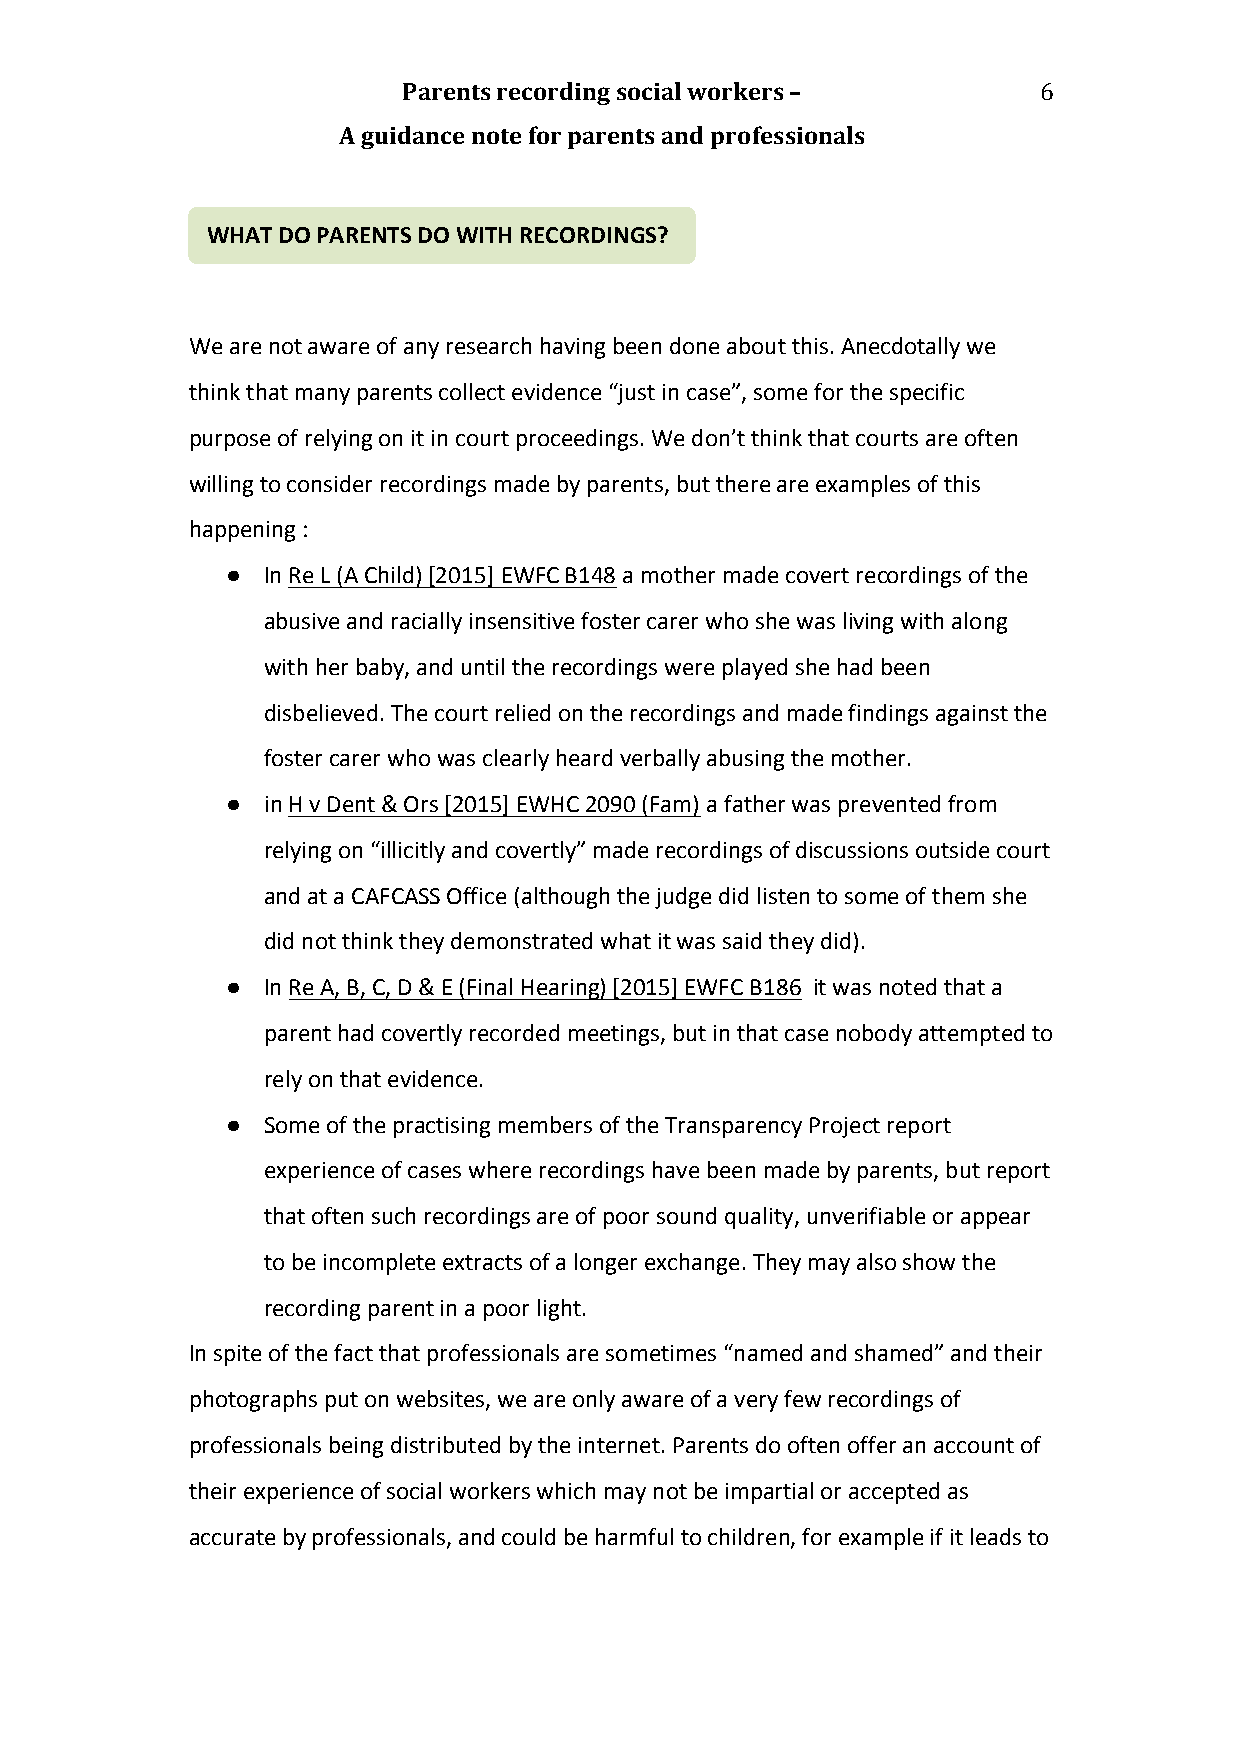
Parents recording social workers –        6
 A guidance note for parents and professionals
 WHAT DO PARENTS DO WITH RECORDINGS?
 WARNING
 We are not aware of any research having been done about this. Anecdotally we
 think that many parents collect evidence “just in case”, some for the specific
 purpose of relying on it in court proceedings. We don’t think that courts are often
 willing to consider recordings made by parents, but there are examples of this
 happening :
 ● In Re L (A Child) [2015] EWFC B148 a mother made covert recordings of the
 abusive and racially insensitive foster carer who she was living with along
 with her baby, and until the recordings were played she had been
 disbelieved. The court relied on the recordings and made findings against the
 foster carer who was clearly heard verbally abusing the mother.
 ● in H v Dent & Ors [2015] EWHC 2090 (Fam) a father was prevented from
 relying on “illicitly and covertly” made recordings of discussions outside court
 and at a CAFCASS Office (although the judge did listen to some of them she
 did not think they demonstrated what it was said they did).
 ● In Re A, B, C, D & E (Final Hearing) [2015] EWFC B186 it was noted that a
 parent had covertly recorded meetings, but in that case nobody attempted to
 rely on that evidence.
 ● Some of the practising members of the Transparency Project report
 experience of cases where recordings have been made by parents, but report
 that often such recordings are of poor sound quality, unverifiable or appear
 to be incomplete extracts of a longer exchange. They may also show the
 recording parent in a poor light.
 In spite of the fact that professionals are sometimes “named and shamed” and their
 photographs put on websites, we are only aware of a very few recordings of
 professionals being distributed by the internet. Parents do often offer an account of
 their experience of social workers which may not be impartial or accepted as
 accurate by professionals, and could be harmful to children, for example if it leads to